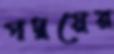
পদ্বয়ের